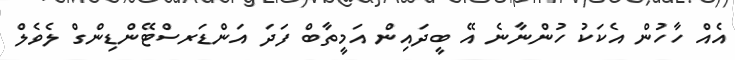
އެއް ހާހުން އެކަކު ހުންނާނެ އޭ ބީދައިން އަމީތާބް ފަދަ އަންޑަރސްޓޭންޑިންގް ލެވެލް